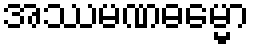
အဿမဏဓမ္မော